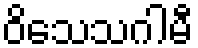
ဝိသေသဂါမီ